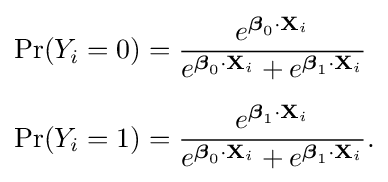
{\begin{aligned}\Pr(Y_{i}=0)&={\frac {e^{{\boldsymbol {\beta }}_{0}\cdot \mathbf {X} _{i}}}{e^{{\boldsymbol {\beta }}_{0}\cdot \mathbf {X} _{i}}+e^{{\boldsymbol {\beta }}_{1}\cdot \mathbf {X} _{i}}}}\\[5pt]\Pr(Y_{i}=1)&={\frac {e^{{\boldsymbol {\beta }}_{1}\cdot \mathbf {X} _{i}}}{e^{{\boldsymbol {\beta }}_{0}\cdot \mathbf {X} _{i}}+e^{{\boldsymbol {\beta }}_{1}\cdot \mathbf {X} _{i}}}}.\end{aligned}}